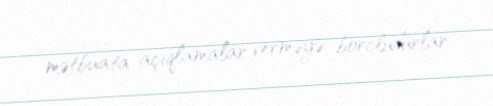
mətbuata açıqlamalar verməyə borcludurlar.